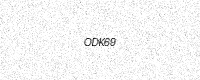
Text: ODK69